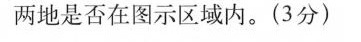
两地是否在图示区域内。(3分)